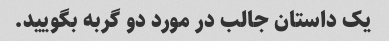
یک داستان جالب در مورد دو گربه بگویید.